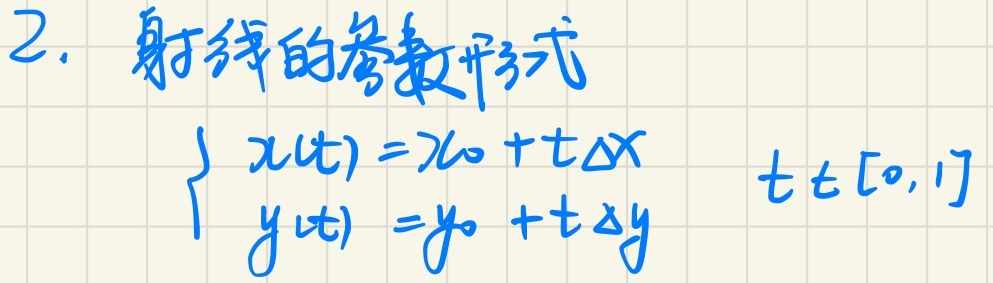
2. 射线的参数形式
\[
\begin{cases}
x(t)=x_0 + t\Delta x\\
y(t)=y_0 + t\Delta y
\end{cases}
\quad t\in[0,1]
\]